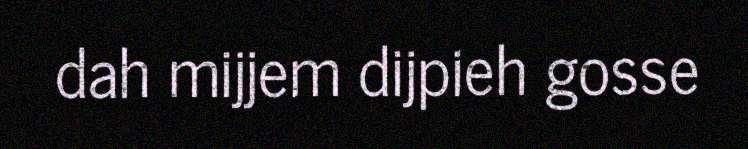
dah mijjem dijpieh gosse